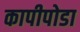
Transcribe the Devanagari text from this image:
कापीपोडा